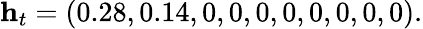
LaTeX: \mathbf{h}_{t}=(0.28,0.14,0,0,0,0,0,0,0,0).